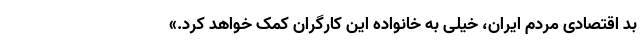
بد اقتصادی مردم ایران، خیلی به خانواده این کارگران کمک خواهد کرد.»